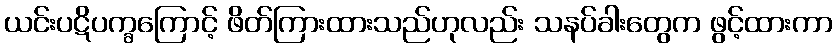
ယင်းပဋိပက္ခကြောင့် ဖိတ်ကြားထားသည်ဟုလည်း သနပ်ခါးတွေက ဖွင့်ထားကာ